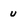
Character: u